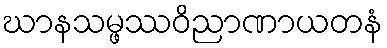
ဃာနသမ္ဖဿဝိညာဏာယတနံ